Vaccination in Bombay 1913-1923 - 1913-1923
Year: 1913
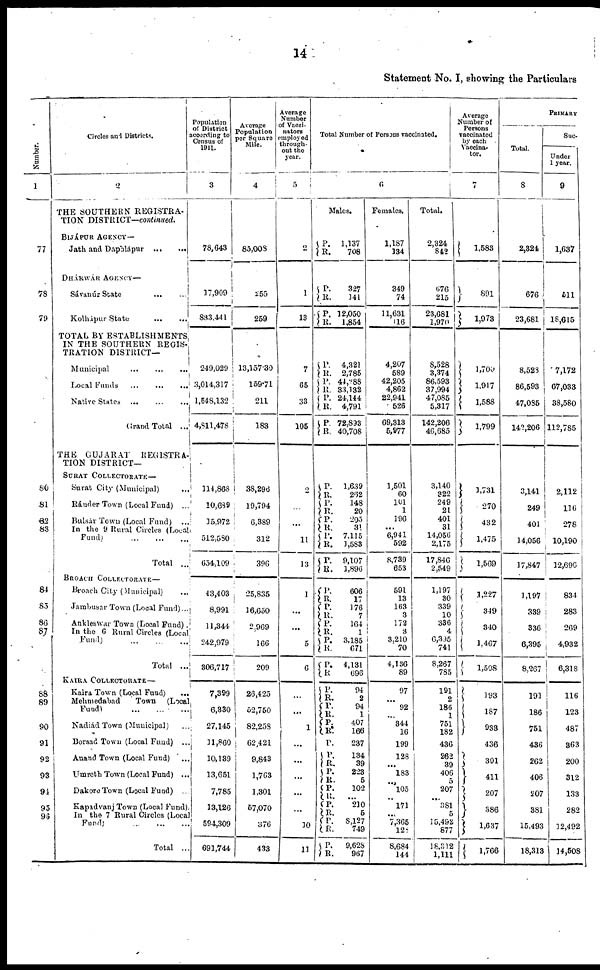
14
Statement No. I, showing the Particulars
Number.
1
77
78
79
80
81
82
83
84
85
86
87
88
89
90
91
92
93
94
95
96
Circles and Districts.
2
THE SOUTHERN REGISTRA-
TION DISTRICT—continued.
BIJÁPUR AGENCY—
Jath and Daphlápur
...
...
DHÁRWÁR AGENCY—
Sávanúr State
...
...
Kolhápur State
...
...
TOTAL BY ESTABLISHMENTS.
IN THE SOUTHERN REGIS-
TRATION DISTRICT—
Municipal
...
...
...
Local Funds
...
...
...
Native States
...
...
...
Grand Total
...
THE GUJARAT
REGISTRA-
TION DISTRICT—
SURAT COLLECTORATE—
Surat City (Municipal)
...
Ránder Town (Local Fund)
...
Bulsár Town (Local Fund)
...
In the 9 Rural Circles (Local
Fund ... ... ...
Total
...
BROACH COLLECTORATE—
Broach City (Municipal) ...
Jambusar Town (Local Fund) ...
Ankleswar Town (Local Fund).
In the 6 Rural Circles (Local
Fund) ... ... ...
Total
...
KAIRA COLLECTORATE—
Kaira Town (Local Fund) ...
Mehmedabad
Town (Local
Fund)
...
...
...
Nadiád Town (Municipal) ...
Borsad Town (Local Fund) ...
Anand Town (Local Fund)
...
Umreth Town (Local Fund) ...
Dakore Town (Local Fund) ...
Kapadvanj Town (Local Fund).
In the 7 Rural Circles (Local
Fund) ... ... ...
Total ...
Population
of District
according to
Census of
1911.
3
78,643
17,909
833,441
249,029
3,014,317
1,548,132
4,811,478
114,868
10,689
15,972
512,580
654,109
43,403
8,991
11,344
242,979
306,717
7,399
6,330
27,145
11,860
10,139
13,651
7,785
13,126
594,309
691,744
Average
Population
per Square
Mile.
4
85,008
255
259
13,157.30
159.71
211
183
38,296
19,794
6,389
312
396
25,835
16,650
2,969
166
209
26,425
52,750
82,258
62,421
9,843
1,763
1,301
57,070
376
433
Average
Number
of Vacci-
nators
employed
through-
out the
year.
5
2
1
13
7
65
33
105
2
...
...
11
13
1
...
...
5
6
...
...
1
...
...
...
...
...
10
11
Total Number of Persons vaccinated.
6
Males.
P.
R.
P.
R.
P. R.
P.
R.
P.
R.
P.
R.
P.
R.
P.
R. P.
R.
P.
R.
P.
R.
P.
R.
P.
R.
P.
R. P.
R.
P.
R.
P.
R.
P.
R. P.
R.
P.
R. P.
P.
R.
P.
R.
P.
R.
P.
R.
P.
R.
P.
R.
1,137
708
327
141
12,050
1,854
4,321
2,785
44,288
33,132
24,144
4,791
72,893
40,708
1,639
262
148
20
205
31
7,115
1,583
9,107
1,896
606
17
176
7
164
1
3,185
671
4,131
696
94
2
94
1
407
166
237
134
39
223
5
102
...
210
5
8,127
749
9,628
967
Females.
1,187
134
349
74
11,631
16
4,207
589
42,205
4,862
22,941
526
69,313
5,977
1,501
60
101
1
196
...
6,941
592
8,739
653
591
13
163
3
172
3
3,210
70
4,136
89
97
...
91 ...
344
16
199
128
...
183
...
105
...
171
...
7,365
128
8,684
144
Total.
2,324
842
676
215
23,681
1,970
8,528
3,374
86,593
37,994
47,085
5,317
142,206
46,685
3,140
322
249
21
401
31
14,056
2,175
17,846
2,549
1,197
30
339
10
336
4
6,395
741
8,267
785
191
2
186
1
751
182
436
262
39
406
5
207
...
381
5
15,492
877
18,312
1,111
Average
Number of
Persons
vaccinated
by each
Vaccina-
tor.
7
1,583
891
1,973
1,700
1,917
1,588
1,799
1,731
270
432
1,475
1,569
1,227
349
340
1,467
1,508
193
187
933
436
301
411
207
386
1,637
1,766
PRIMARY
Total.
8
2,324
676
23,681
8,528
86,593
47,085
142,206
3,141
249
401
14,056
17,847
1,197
339
336
6,395
8,267
191
186
751
436
262
406
207
381
15,493
18,313
Suc-
Under
1 year.
9
1,637
511
18,615
7,172
67,033
38,580
112,785
2,112
116
278
10,190
12,696
834
283
269
4,932
6,318
116
123
487
363
200
312
133
282
12,492
14,508